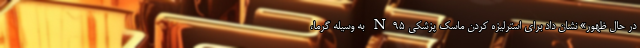
در حال ظهور» نشان داد برای استرلیزه کردن ماسک پزشکی N۹۵ به وسیله گرما،